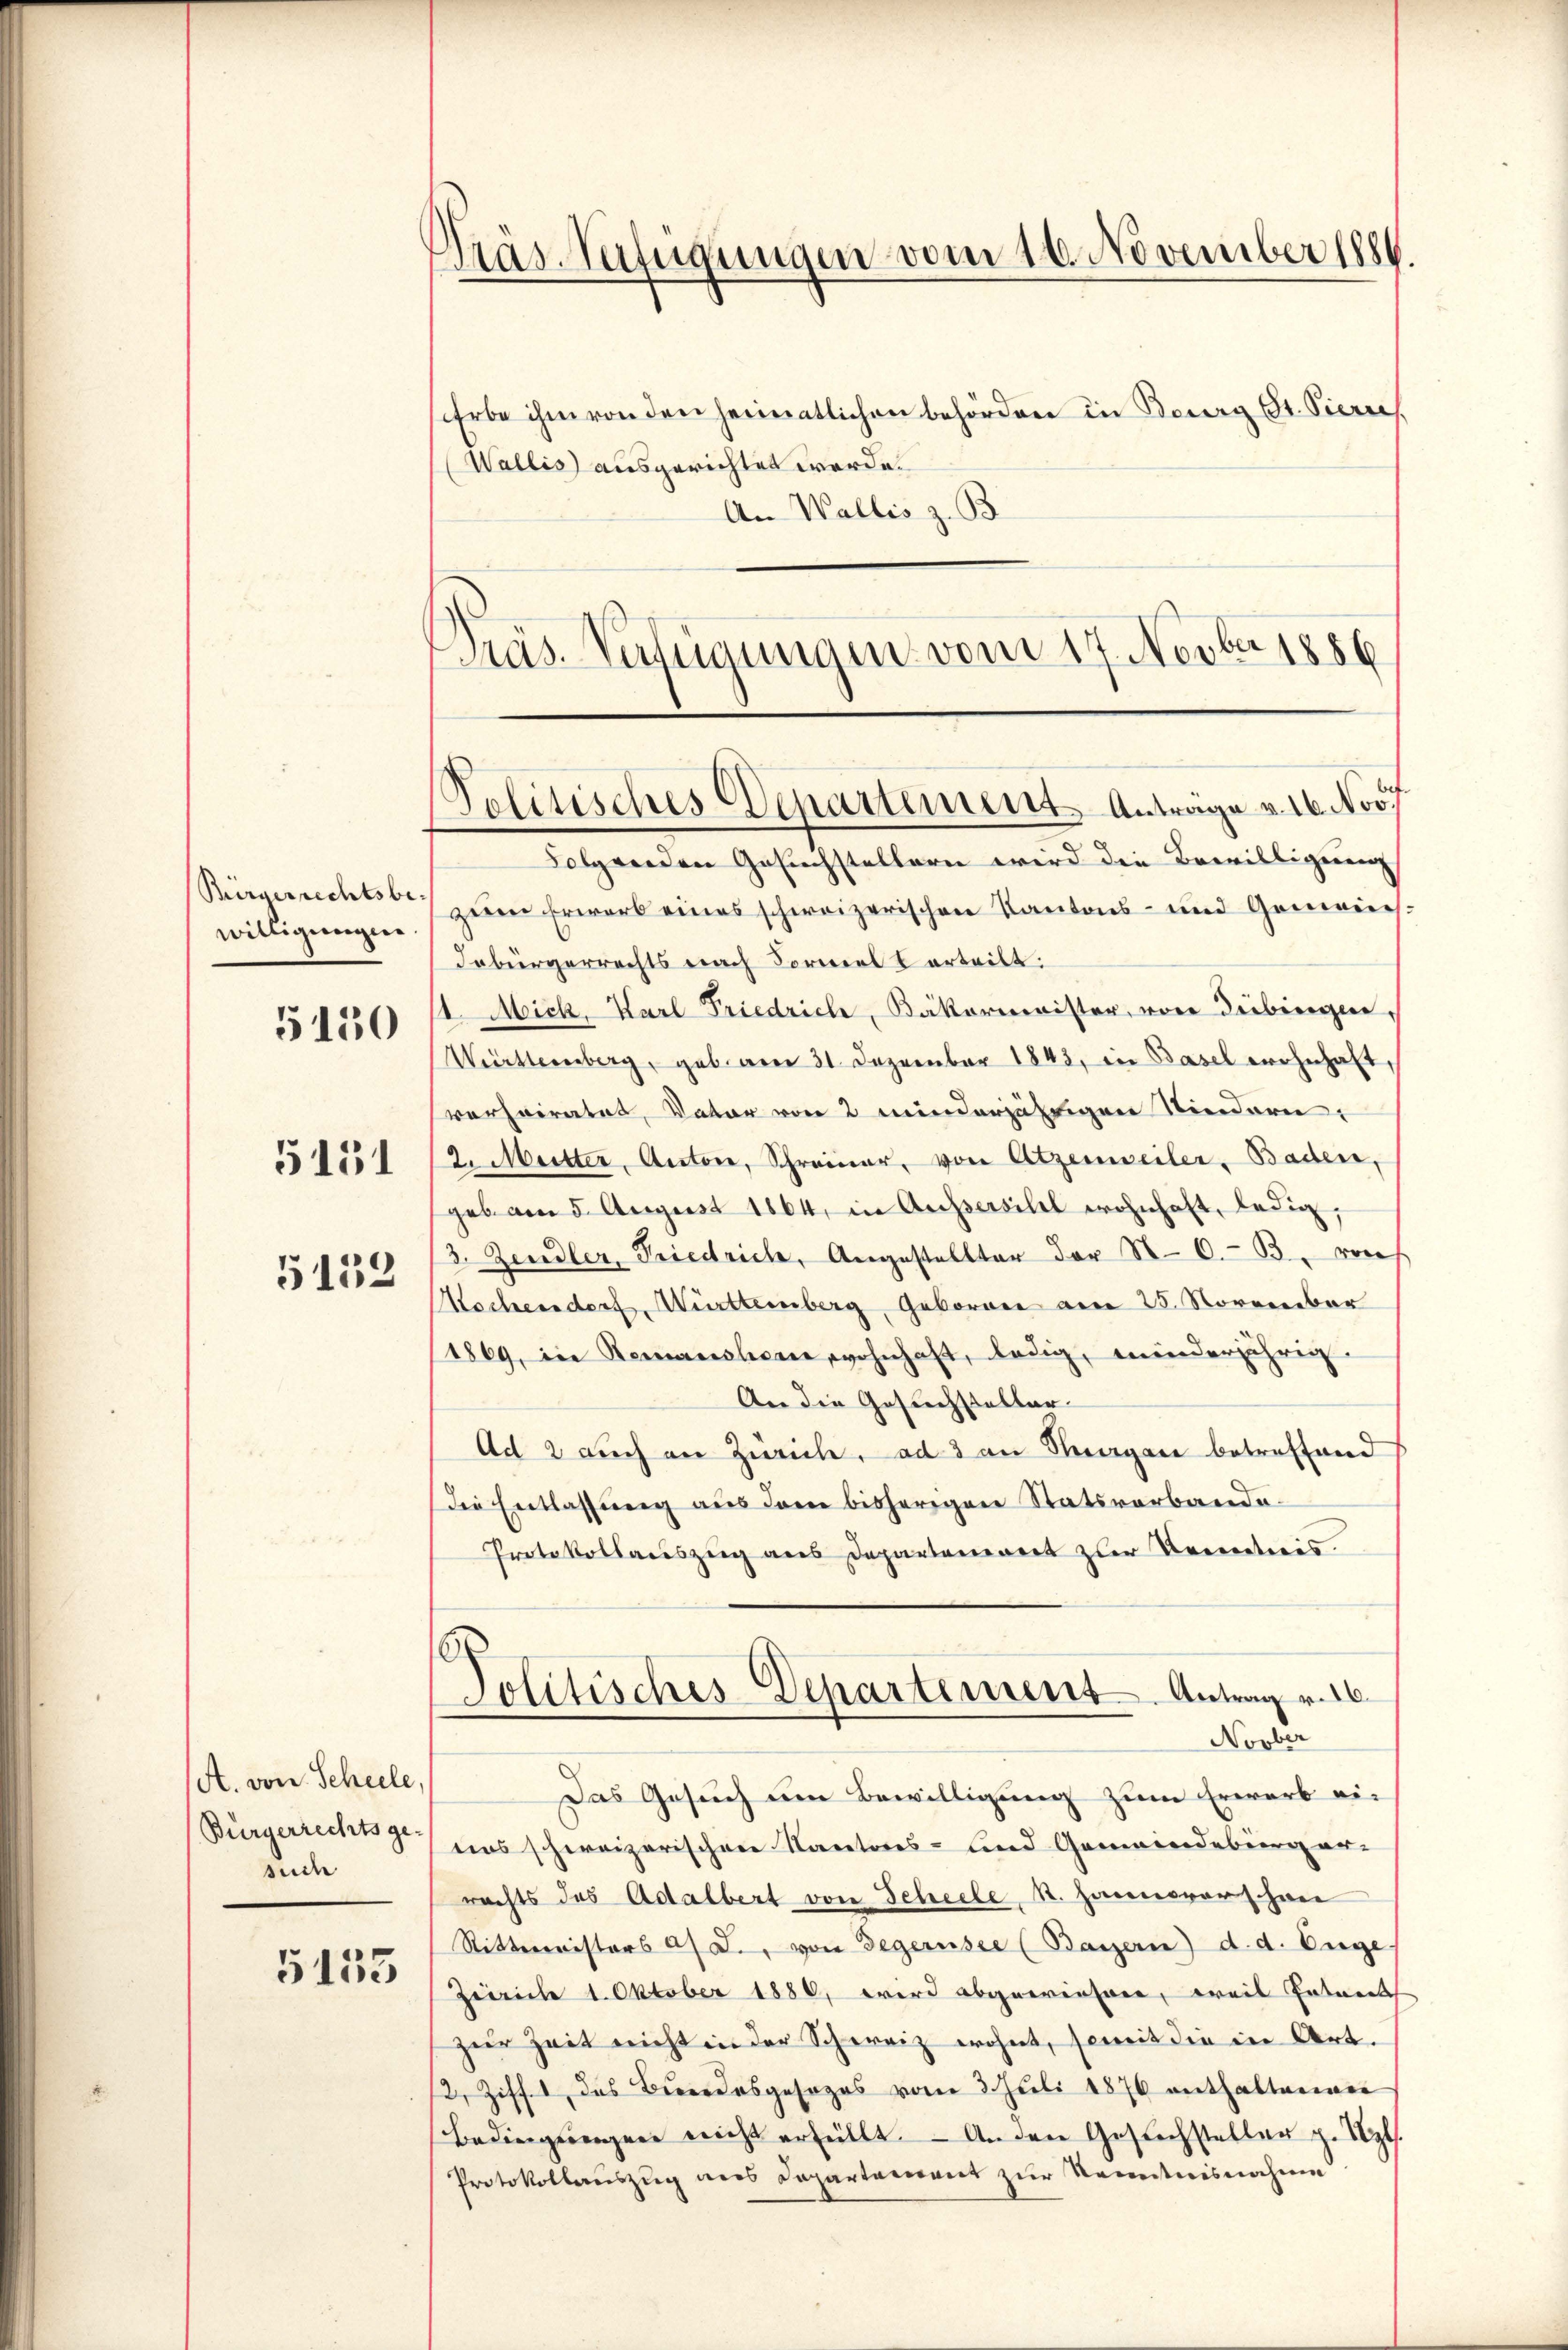
Bürgerrechtsbewilligungen

5150

5151

5139

A. von Scheele,
Bürgerrechtsge-
sude

5153

Erbe ihm von den heimatlichen Behörden in Bourg St. Pierres
Wallis ausgerichtet werde.
An Wallis z. B
Präs. Verfügungen vom 17. Novber 1886

Tras Verfügungen vom 16. November 1884.

Folgenden Gesuchstellern wird die Bewilligung
zum Erwarb eines schweizerischen Kantons- und Gemeines:
debürgerrechts nach Formelt erteilt:
1 Mich. Karl Friedrich, Bäkerminister, von debingen,
Württemberg, geb. am 31. Dezember 1843, in Basel wohnhaft
verheiratet, Vater von 2 minderjährigen Kindern,
2. Mütter, Anton, Schreiner, von Atzenweiler, Baden,
geb. am 5. August 1864, in Aussersitel wohnhaft, ledig,
3. Zeidler, Priedrich, Angestellter der N.O.B. noch
Kochensdorf, Württemberg, Geboren am 25. November
1869, in Renauslern, wohnhaft, ledig, minderjährig
An die Gesuchsteller-
Ad 2 auch an Zürich, ad 3 an Magen betreffend
Die Entlassung aus dem bisherigen Statsverbande¬
Protokollauszug aus Departoniert zur Kenntnis.
Politisches Departement. Antrag v. 16.
Novber
Das Gesuch um Bewilligung zum Erwarb ein
eins schweizerischen Nautores- und Gemeindeburg er-
rechts des Adalbert von Scheele, R. Hannovers han
Rittermisters an J. von Gegensee (Barzern) d. d. Enge.
Zeiche 1. Oktober 1886, wird abgewiesene, weil Entwick
zur Zeit nicht in der Schweiz wohnt, soweit die in Art.
2, Ziff. 1, das Bundesgesezes vom 3. Juli 1876 enthaltenen
Bedingŭngen nicht erfüllt. Anden Gesuchsteller z. Sept.
Protokollauszug aus Departement zur Kenntnisnahme

Politisches Departement Antrage v. 16. Nov